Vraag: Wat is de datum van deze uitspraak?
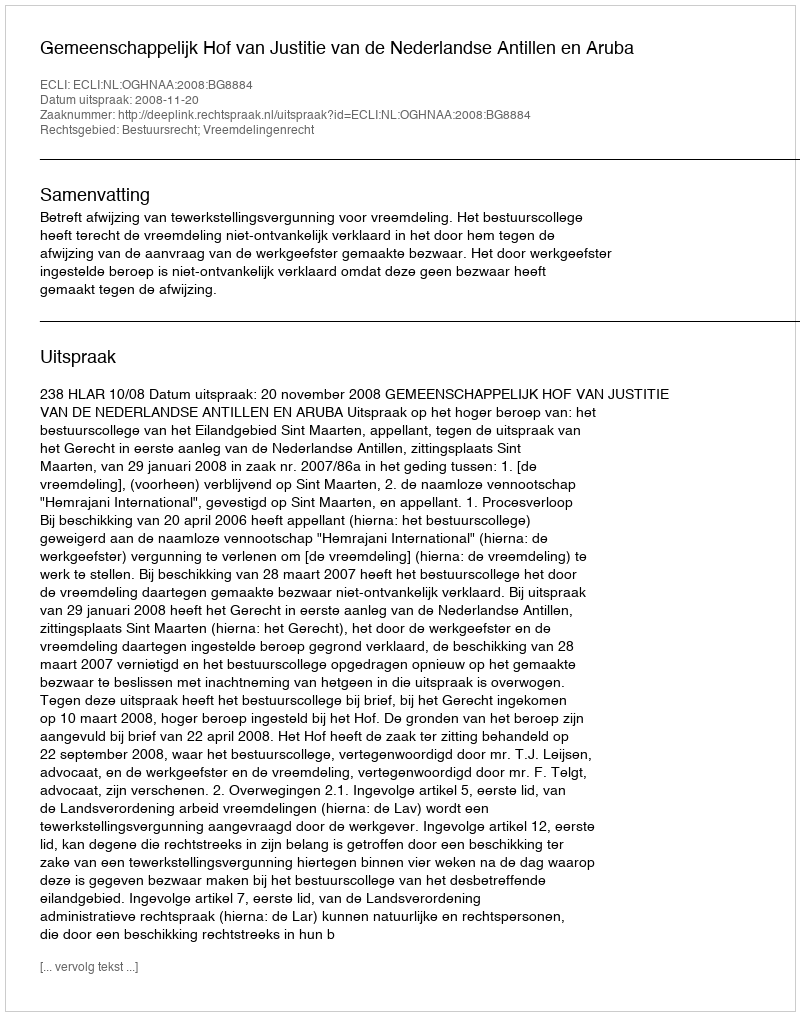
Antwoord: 2008-11-20